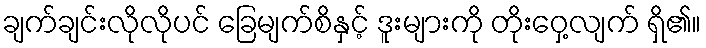
ချက်ချင်းလိုလိုပင် ခြေမျက်စိနှင့် ဒူးများကို တိုးဝှေ့လျက် ရှိ၏။